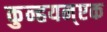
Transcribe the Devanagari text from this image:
कुन्हयन्एक